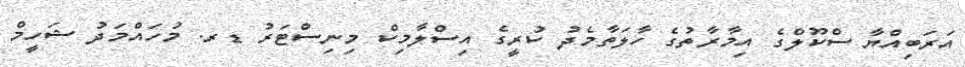
އަރަބިއްޔާ ސްކޫލްގެ އިމާރާތުގެ ހާލަތާމެދު ކުރީގެ އިސްލާމިކް މިނިސްޓަރު ޑރ. މުހައްމަދު ޝަހީމް